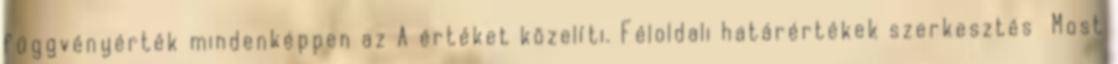
függvényérték mindenképpen az A értéket közelíti. Féloldali határértékek szerkesztés Most